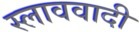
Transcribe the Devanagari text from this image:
स्लाववादी